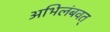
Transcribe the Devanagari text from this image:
अभिलंबवत्